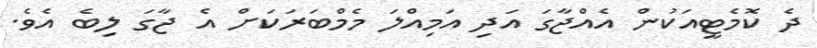
ދެ ކޮމެޓީއަކުން އެއްޖާގަ އަދި އަމިއްލަ މެމްބަރަކަށް އެ ޖާގަ ލިބެ އެވެ.